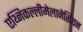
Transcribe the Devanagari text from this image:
एथ्निकल्लीमेलानेसियन